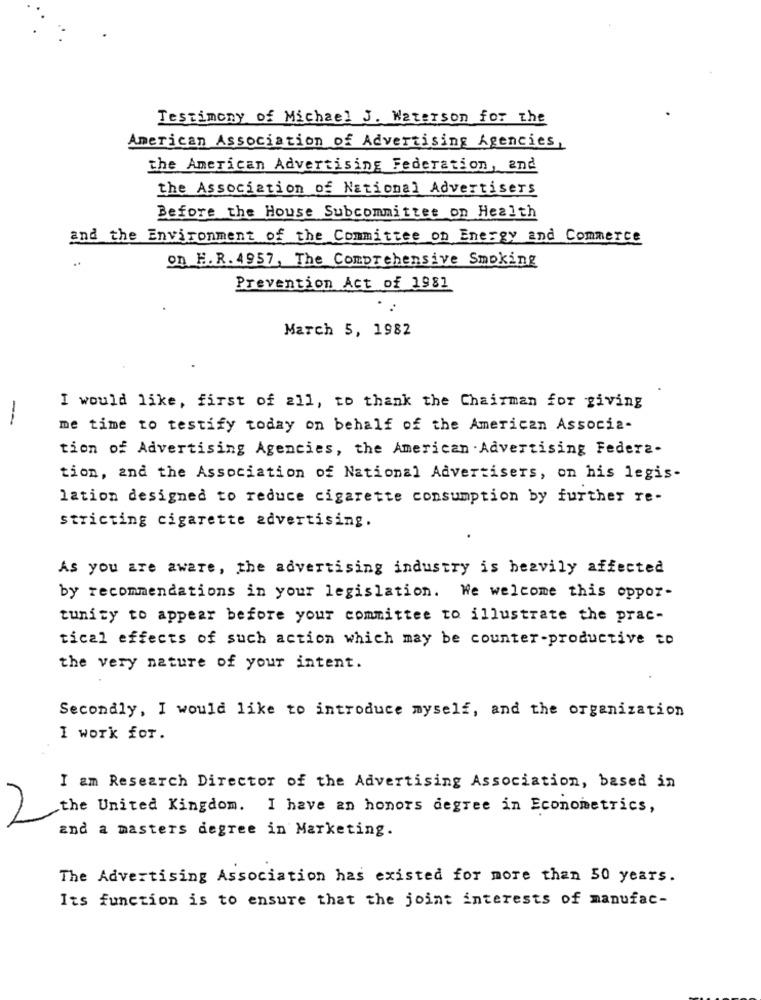
Testimony of Michael J. Waterson for the
American Association of Advertising Agencies,
the American Advertising Federation, and
the Association of National Advertisers
Before the House Subcommittee on Health
and the Environment of the Committee on Energy and Commerce
..
on E.R. 4957, The Comprehensive Smoking
Prevention Act of 1981
March 5, 1982
I would like, first of 211, to thank the Chairman for giving
--
me time to testify today on behalf of the American Associa-
tion of Advertising Agencies, the American .Advertising Federa-
tion, and the Association of National Advertisers, on his legis-
lation designed to reduce cigarette consumption by further re-
stricting cigarette advertising.
As you are aware, the advertising industry is bezvily affected
by recommendations in your legislation. We welcome this oppor-
tunity to appear before your committee to illustrate the prac-
tical effects of such action which may be counter-productive to
the very nature of your intent.
Secondly, I would like to introduce myself, and the organization
I Work for.
I am Research Director of the Advertising Association, based in
the United Kingdom. I have an honors degree in Econometrics,
and a masters degree in Marketing.
The Advertising Association has existed for more than 50 years.
Its function is to ensure that the joint interests of manufac-